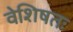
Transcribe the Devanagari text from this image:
वेशिषतः